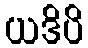
ယဒိပိ